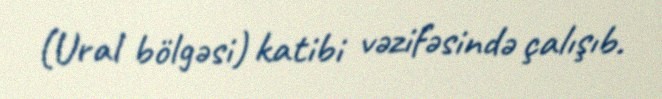
(Ural bölgəsi) katibi vəzifəsində çalışıb.